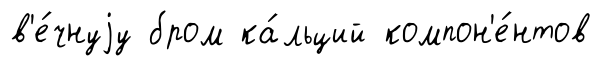
в'е́чнуjу бром ка́льций компон'е́нтов